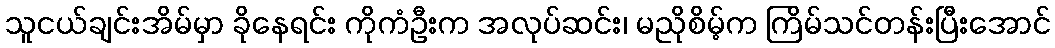
သူငယ်ချင်းအိမ်မှာ ခိုနေရင်း ကိုကံဦးက အလုပ်ဆင်း၊ မညိုစိမ့်က ကြိမ်သင်တန်းပြီးအောင်